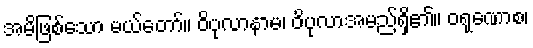
အမိဖြစ်သော မယ်တော်။ ဝိပုလာနာမ၊ ဝိပုလာအမည်ရှိ၏။ ဝရုဏောစ၊